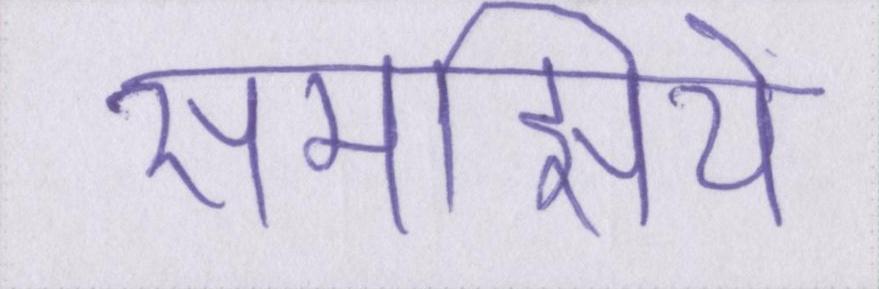
समझिये